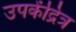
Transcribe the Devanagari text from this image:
उपकेंद्रित्र